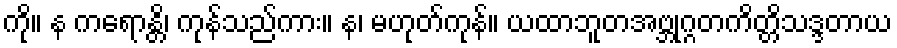
ကို။ န ကရောန္တိ၊ ကုန်သည်ကား။ န၊ မဟုတ်ကုန်။ ယထာဘူတအဗ္ဘုဂ္ဂတကိတ္တိသဒ္ဒတာယ